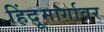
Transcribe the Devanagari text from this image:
हिंदूमार्गावर